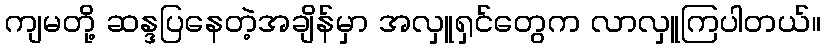
ကျမတို့ ဆန္ဒပြနေတဲ့အချိန်မှာ အလှူရှင်တွေက လာလှူကြပါတယ်။